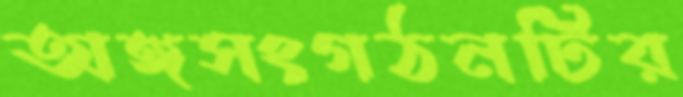
অঙ্গসংগঠনটির